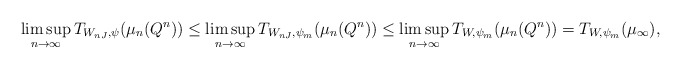
\begin{align*}\limsup_{n \to \infty} T_{W_{nJ}, \psi}(\mu_n(Q^n)) &\le \limsup_{n \to \infty} T_{W_{nJ},\psi_m}(\mu_n(Q^n)) \le \limsup_{n \to \infty} T_{W,\psi_m}(\mu_n(Q^n)) = T_{W,\psi_m}(\mu_\infty), \end{align*}